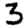
Digit: 3